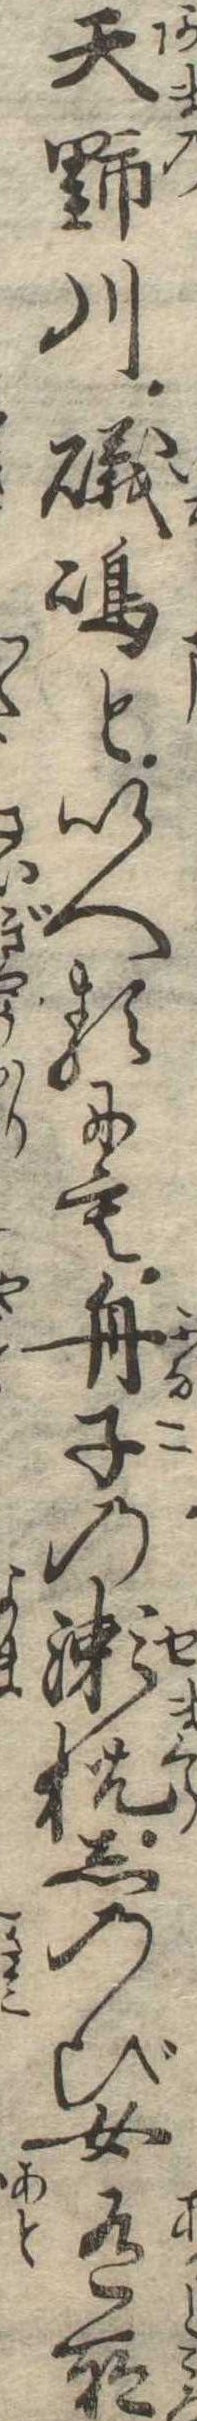
天野川磯島といへるにも舟子の瀬枕しのび女有所